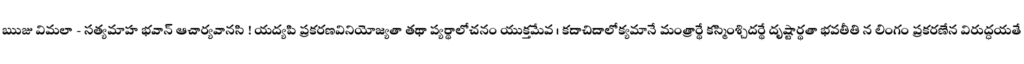
ఋజు విమలా - సత్యమాహ భవాన్ ఆచార్యవానసి ! యద్యపి ప్రకరణవినియోజ్యతా తథా ప్యర్థాలోచనం యుక్తమేవ । కదాచిదాలోక్యమానే మంత్రార్థే కస్మింశ్చిదర్థే దృష్టార్థతా భవతీతి న లింగం ప్రకరణేన విరుద్ధయతే